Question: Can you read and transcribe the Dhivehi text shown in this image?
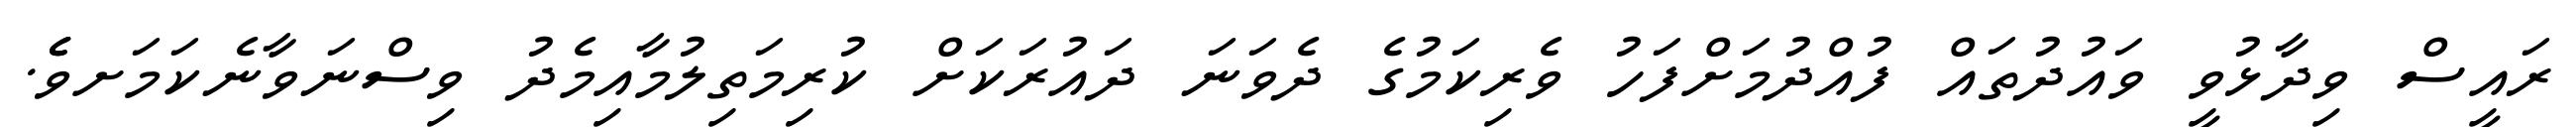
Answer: ރައީސް ވިދާޅުވީ ވައުދުތައް ފުއްދުމަށްފަހު ވެރިކަމުގެ ދެވަނަ ދައުރަކަށް ކުރިމަތިލުމާއިމެދު ވިސްނަވާނެކަމަށވެެ.